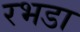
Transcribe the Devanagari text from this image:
रभडा